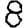
Digit: 8